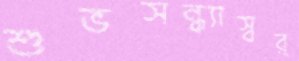
শুভসন্ধ্যাস্বর্